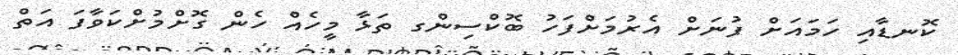
ކޮނޑާއި ހަމައަށް ފުނަށް އެރުމަށްފަހު ބޮކްސިންގ ތަޅާ މީހެއް ހެން ގޮށްމުށްކަވާފަ އަތް